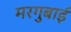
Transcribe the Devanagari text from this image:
मरगुबाई